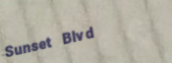
Sunset Blvd